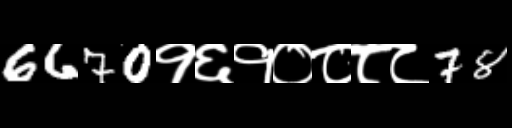
Text: 6670१६१०८८८78